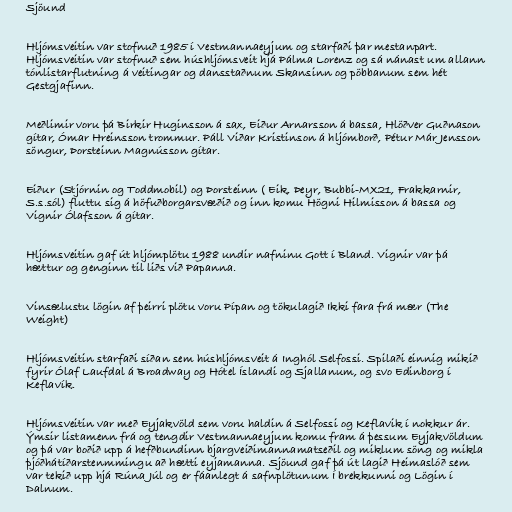
Sjöund

Hljómsveitin var stofnuð 1985 í Vestmannaeyjum og starfaði þar mestanpart.
Hljómsveitin var stofnuð sem húshljómsveit hjá Pálma Lorenz og sá nánast um allann
tónlistarflutning á veitingar og dansstaðnum Skansinn og pöbbanum sem hét
Gestgjafinn.

Meðlimir voru þá Birkir Huginsson á sax, Eiður Arnarsson á bassa, Hlöðver Guðnason
gítar, Ómar Hreinsson trommur. Páll Viðar Kristinson á hljómborð, Pétur Már Jensson
söngur, Þorsteinn Magnússon gítar.

Eiður (Stjórnin og Toddmobil) og Þorsteinn ( Eik, Þeyr, Bubbi-MX21, Frakkarnir,
S.s.sól) fluttu sig á höfuðborgarsvæðið og inn komu Högni Hilmisson á bassa og
Vignir Ólafsson á gítar.

Hljómsveitin gaf út hljómplötu 1988 undir nafninu Gott í Bland. Vignir var þá
hættur og genginn til liðs við Papanna.

Vinsælustu lögin af þeirri plötu voru Pípan og tökulagið Ikki fara frá mær (The
Weight)

Hljómsveitin starfaði síðan sem húshljómsveit á Inghól Selfossi. Spilaði einnig mikið
fyrir Ólaf Laufdal á Broadway og Hótel Íslandi og Sjallanum, og svo Edinborg í
Keflavík.

Hljómsveitin var með Eyjakvöld sem voru haldin á Selfossi og Keflavik í nokkur ár.
Ýmsir listamenn frá og tengdir Vestmannaeyjum komu fram á þessum Eyjakvöldum
og þá var boðið upp á hefðbundinn bjargveiðimannamatseðil og miklum söng og mikla
þjóðhátíðarstenmmingu að hætti eyjamanna. Sjöund gaf þá út lagið Heimaslóð sem
var tekið upp hjá Rúna Júl og er fáanlegt á safnplötunum Í brekkunni og Lögin í
Dalnum.